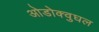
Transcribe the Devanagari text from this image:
ओडोक्वुघल